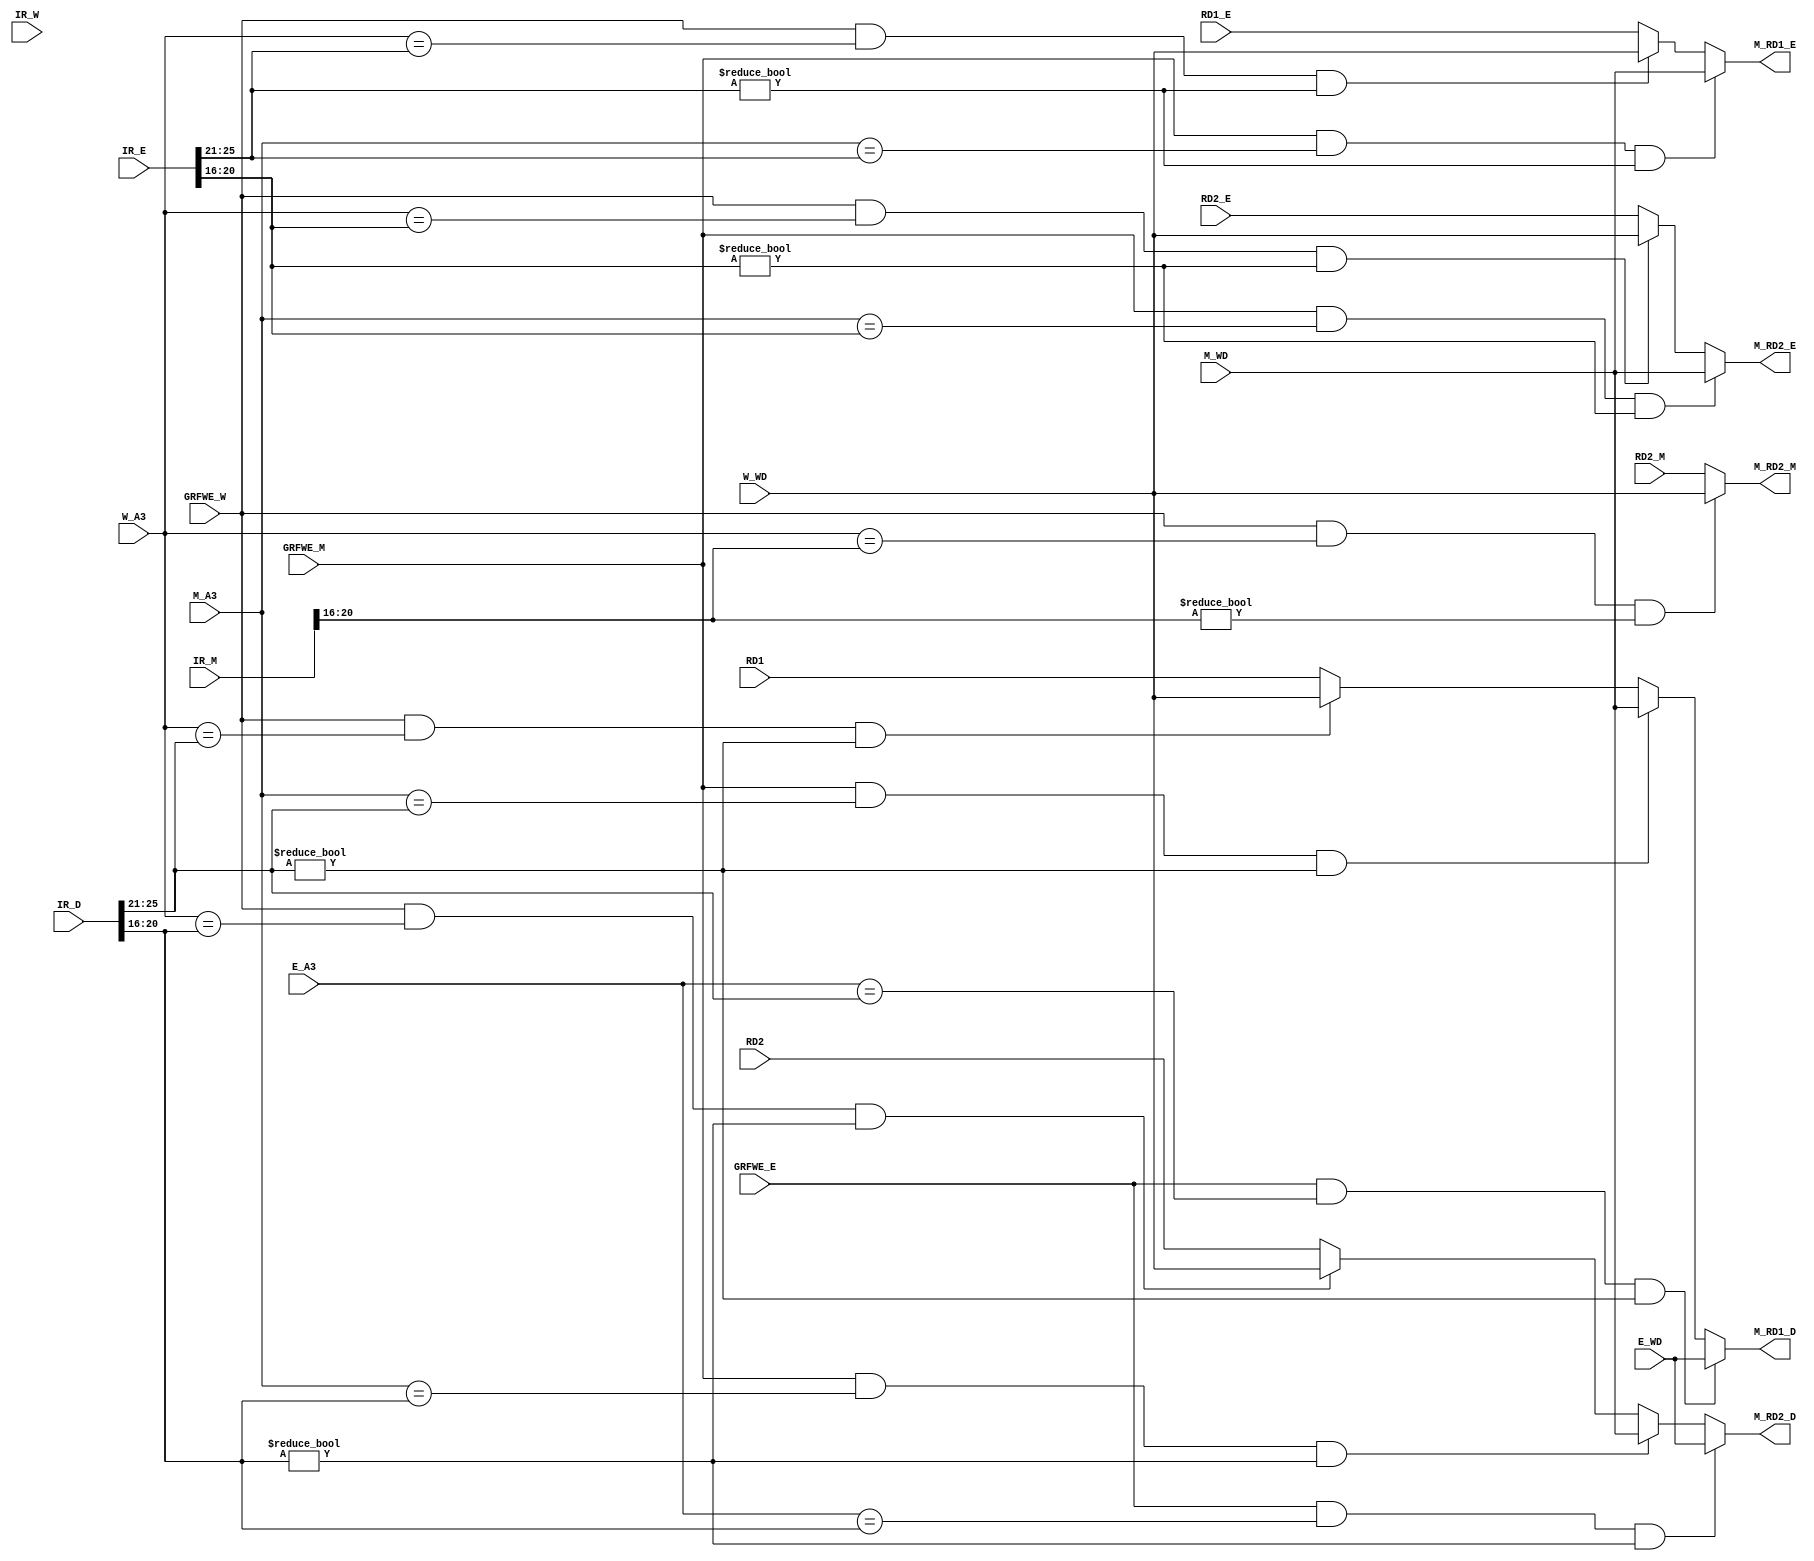
`timescale 1ns / 1ps
//////////////////////////////////////////////////////////////////////////////////
// Company: 
// Engineer: 
// 
// Design Name: 
// Module Name:    ForwardUnit 
// Project Name: 
// Target Devices: 
// Tool versions: 
// Description: 
//
// Dependencies: 
//
// Revision: 
// Revision 0.01 - File Created
// Additional Comments: 
//
//////////////////////////////////////////////////////////////////////////////////
module ForwardUnit(
    input [31:0] E_WD,
    input [31:0] M_WD,
    input [31:0] W_WD,
	input [4:0] E_A3,
	input [4:0] M_A3,
	input [4:0] W_A3,
	input GRFWE_E,
	input GRFWE_M,
	input GRFWE_W,
    input [31:0] RD1,
	input [31:0] RD2,
	input [31:0] RD1_E,
	input [31:0] RD2_E,
	input [31:0] RD2_M,
	input [31:0] IR_D,
	input [31:0] IR_E,
	input [31:0] IR_M,
	input [31:0] IR_W,
	output [31:0] M_RD1_D,
	output [31:0] M_RD2_D,
	output [31:0] M_RD1_E,
	output [31:0] M_RD2_E,
	output [31:0] M_RD2_M
    );
	
	wire [4:0] Drs;
	wire [4:0] Drt;
	wire [4:0] Ers;
	wire [4:0] Ert;
	wire [4:0] Mrt;
	assign Drs = IR_D[25:21];
	assign Drt = IR_D[20:16];
	assign Ers = IR_E[25:21];
	assign Ert = IR_E[20:16];
	assign Mrt = IR_M[20:16];

	assign M_RD1_D = ( GRFWE_E&&E_A3==Drs&&Drs!=0 ) ? E_WD :
					 ( GRFWE_M&&M_A3==Drs&&Drs!=0 ) ? M_WD :
					 ( GRFWE_W&&W_A3==Drs&&Drs!=0 ) ? W_WD :
													  RD1  ;
	
	assign M_RD2_D = ( GRFWE_E&&E_A3==Drt&&Drt!=0 ) ? E_WD :
					 ( GRFWE_M&&M_A3==Drt&&Drt!=0 ) ? M_WD :
					 ( GRFWE_W&&W_A3==Drt&&Drt!=0 ) ? W_WD :
													  RD2  ;
	
	assign M_RD1_E = ( GRFWE_M&&M_A3==Ers&&Ers!=0 ) ? M_WD :
					 ( GRFWE_W&&W_A3==Ers&&Ers!=0 ) ? W_WD :
													  RD1_E ;
	
	assign M_RD2_E = ( GRFWE_M&&M_A3==Ert&&Ert!=0 ) ? M_WD :
					 ( GRFWE_W&&W_A3==Ert&&Ert!=0 ) ? W_WD :
													  RD2_E ;
	
	assign M_RD2_M = ( GRFWE_W&&W_A3==Mrt&&Mrt!=0 ) ? W_WD :
													  RD2_M ;

endmodule